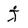
Character: j